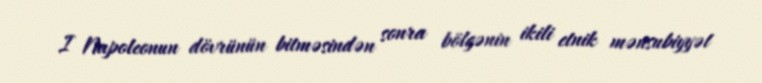
I Napoleonun dövrünün bitməsindən sonra bölgənin ikili etnik mənsubiyyət